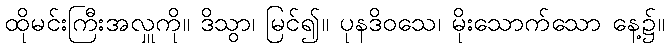
ထိုမင်းကြီးအလှူကို။ ဒိသွာ၊ မြင်၍။ ပုနဒိဝသေ၊ မိုးသောက်သော နေ့၌။